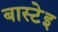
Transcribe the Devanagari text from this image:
बास्टेइ